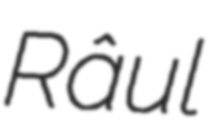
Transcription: Râul